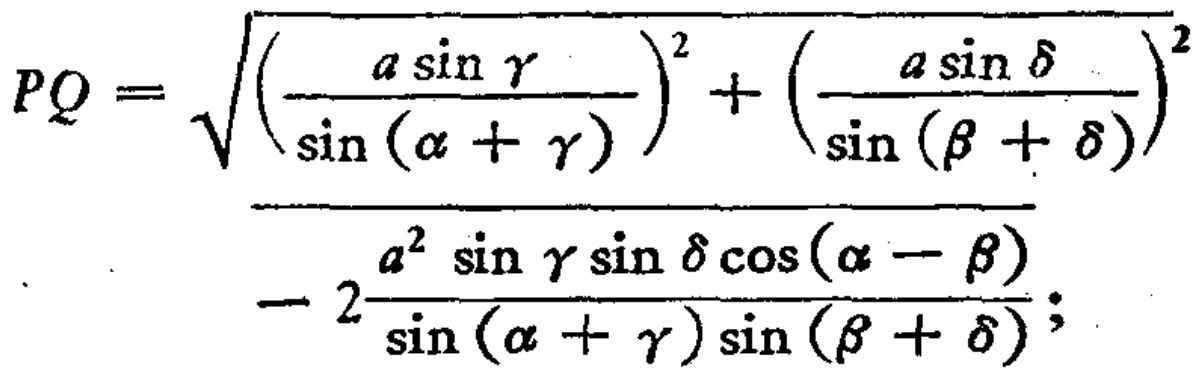
\[
PQ = \sqrt{\left(\frac{a\sin\gamma}{\sin(\alpha + \gamma)}\right)^2 + \left(\frac{a\sin\delta}{\sin(\beta + \delta)}\right)^2 - 2\frac{a^{2}\sin\gamma\sin\delta\cos(\alpha - \beta)}{\sin(\alpha + \gamma)\sin(\beta + \delta)}}
\]